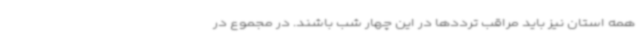
همه استان نیز باید مراقب ترددها در این چهار شب باشند. در مجموع در